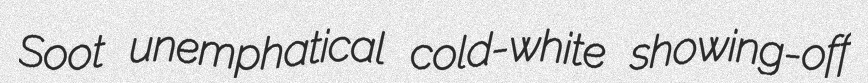
Soot unemphatical cold-white showing-off